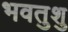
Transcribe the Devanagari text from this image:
भवतुशु